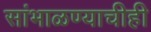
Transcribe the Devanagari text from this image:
सांभाळण्याचीही